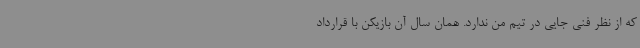
که از نظر فنی جایی در تیم من ندارد. همان سال آن بازیکن با قرارداد